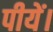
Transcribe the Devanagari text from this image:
पीयें।